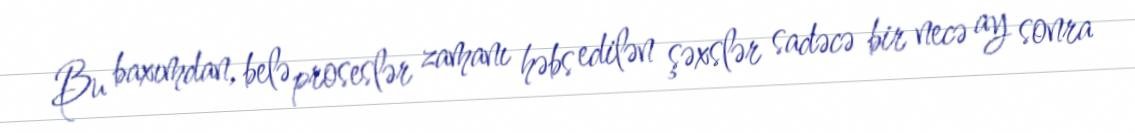
Bu baxımdan, belə proseslər zamanı həbs edilən şəxslər sadəcə bir necə ay sonra